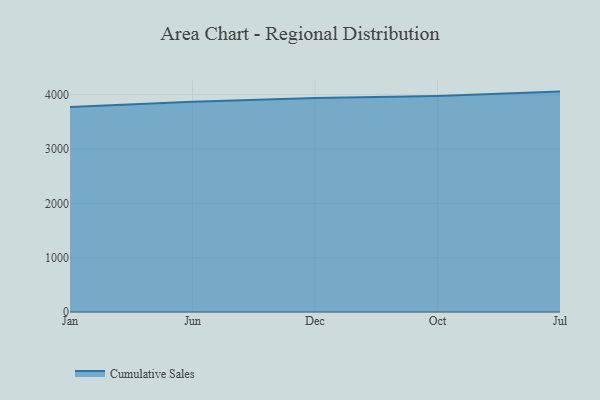
{"axis": {"x": "Month", "y": "Bounce Rate (%)"}, "legend": ["Cumulative Sales"], "data": [{"x": "Jan", "y": 3774.9, "type": "Cumulative Sales"}, {"x": "Jun", "y": 3870.6, "type": "Cumulative Sales"}, {"x": "Dec", "y": 3938.3, "type": "Cumulative Sales"}, {"x": "Oct", "y": 3975.3, "type": "Cumulative Sales"}, {"x": "Jul", "y": 4058.2, "type": "Cumulative Sales"}]}